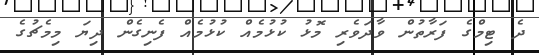
ދެ ޓިމްގެ ފަރާތުން ވާދަވެރި މޮޅު ކުޅުމެއް ކުޅުމެއް ފެނިގެން ދިޔަ މިމެޗުގެ